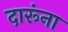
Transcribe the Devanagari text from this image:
दारूंना